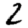
Digit: 2